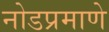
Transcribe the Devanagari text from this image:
नोडप्रमाणे